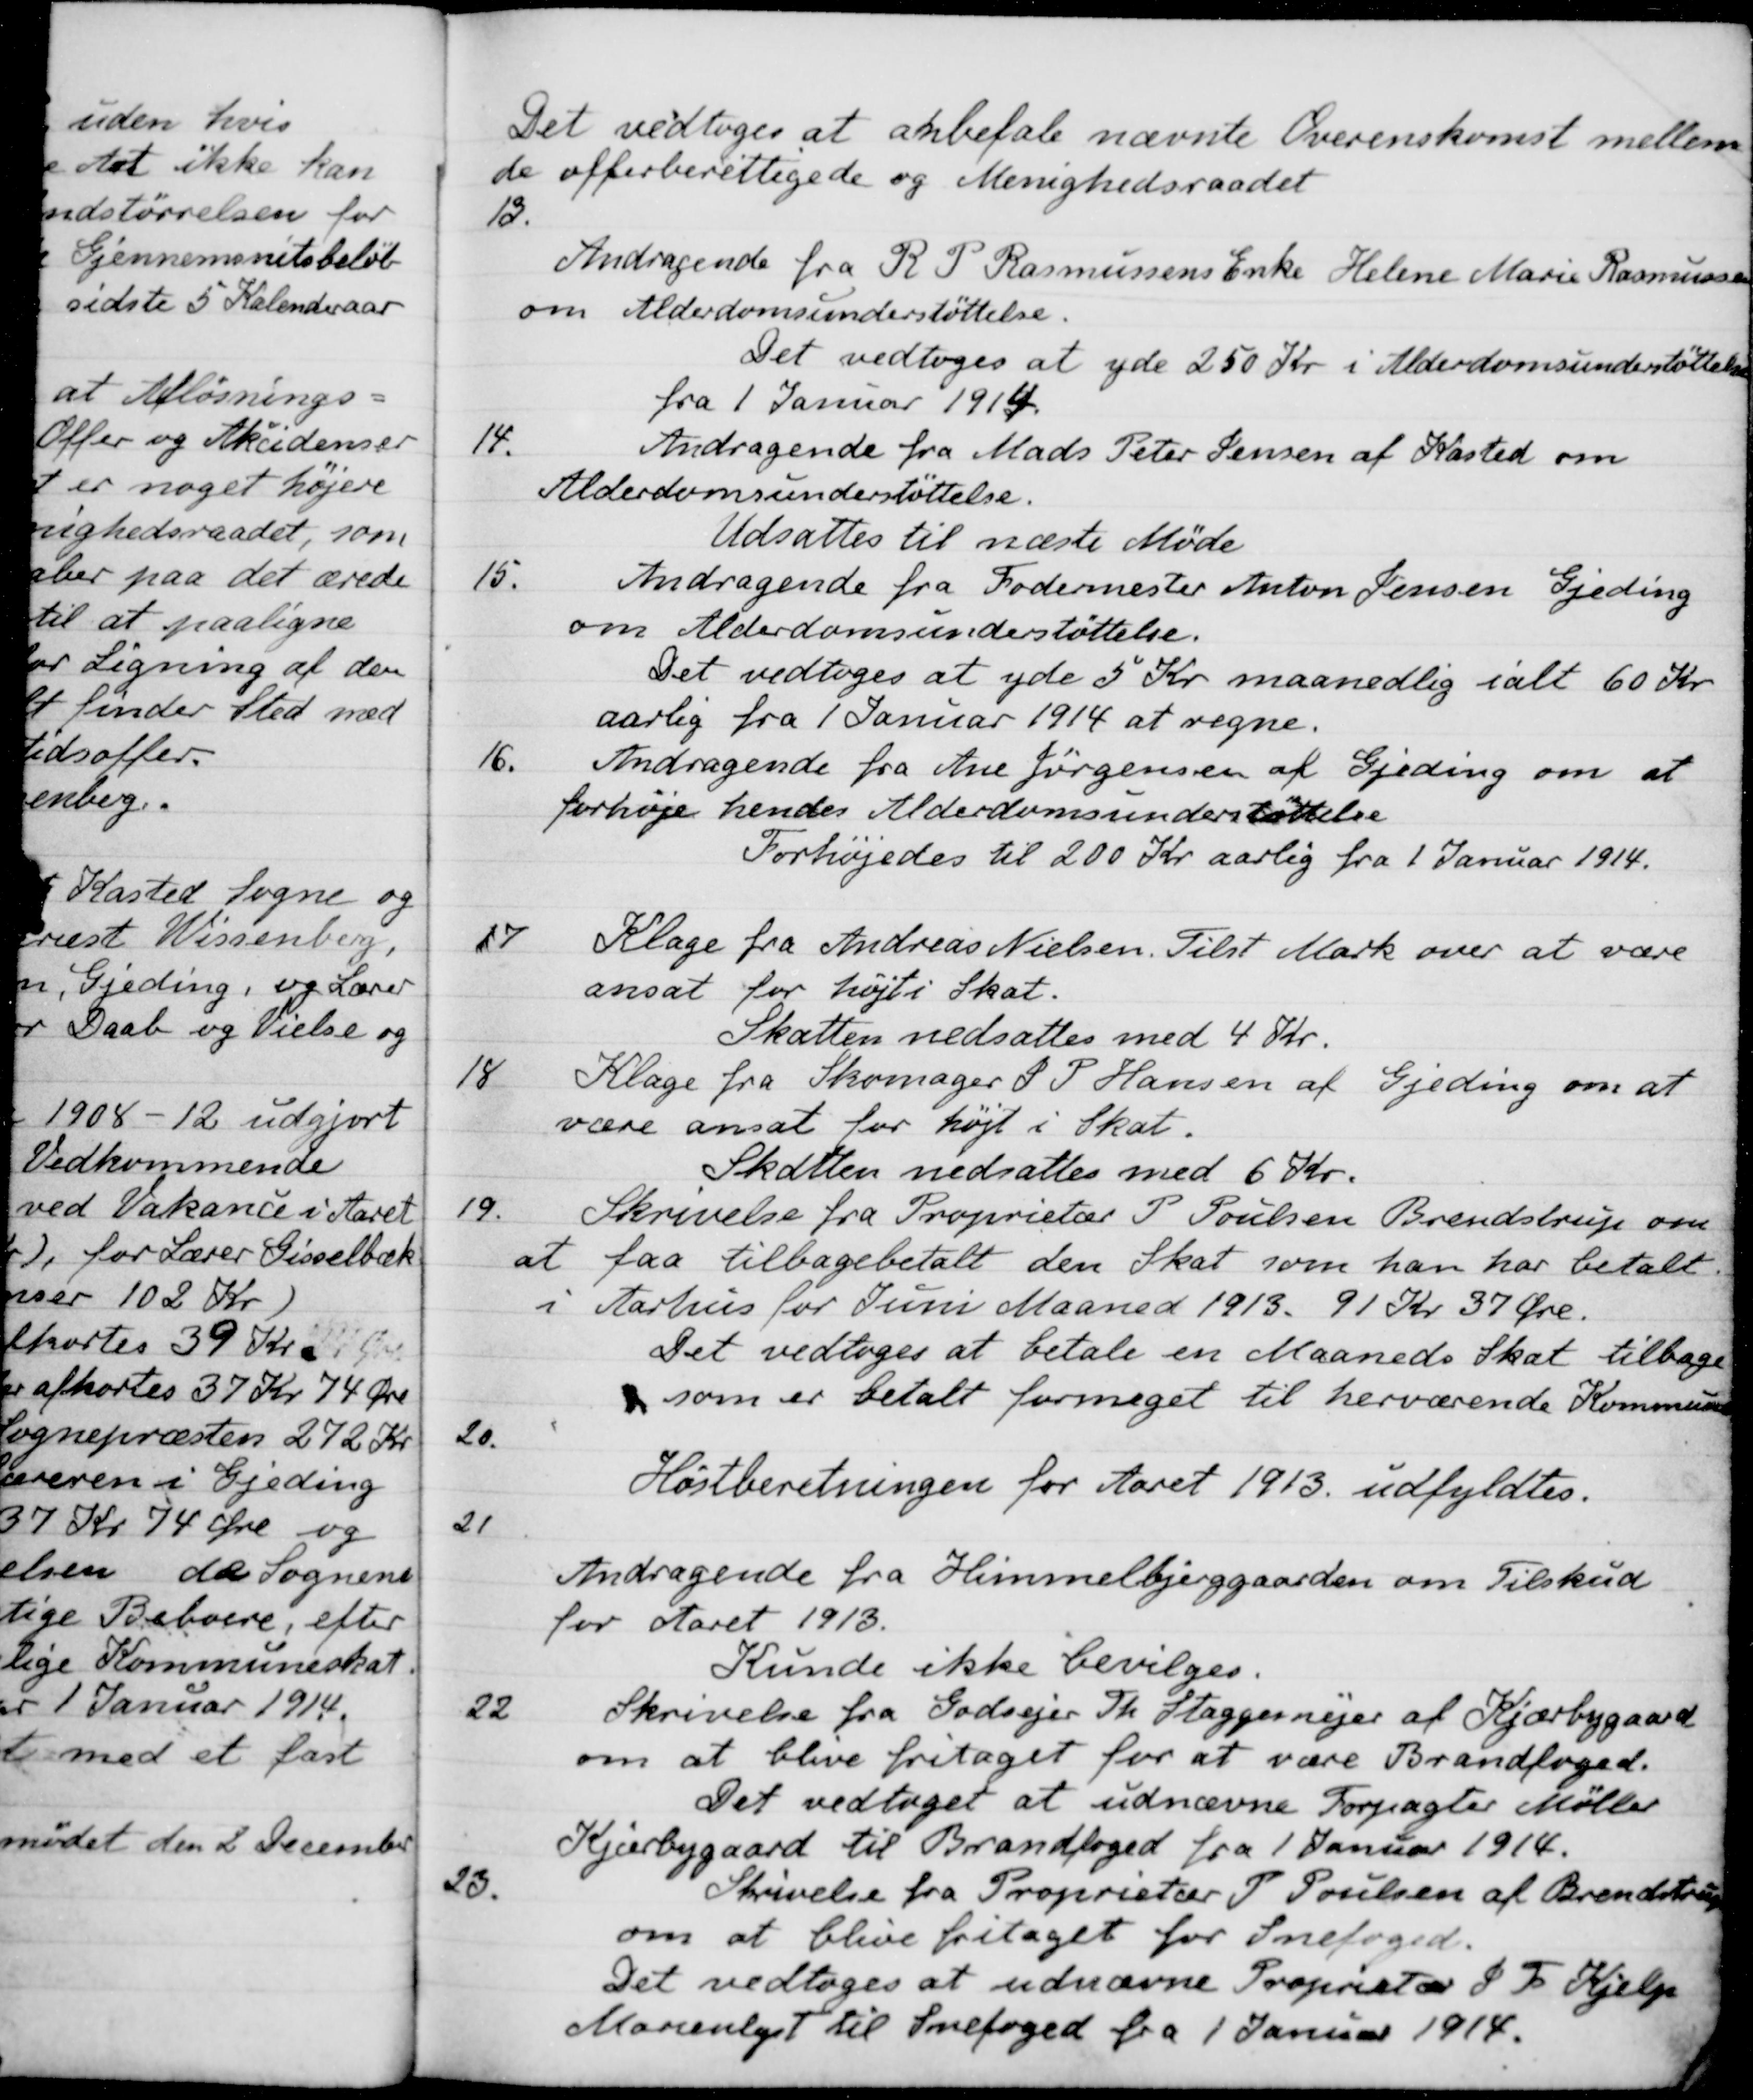
Transskription:
Det vedtoges at anbefale nævnte Overenskomst mellem
de offerberettigede og Menighedsraadet
13.
Andragende fra R P Rasmussens Enke Helene Marie Rasmussen
om Alderdomsunderstøttelse.
Det vedtoges at yde 250 Kr. i Alderdomsunderstøttelse
fra 1 Januar 1914.
14.
Andragende fra Mads Peter Jensen af Kasted om
Alderdomsunderstøttelse.
Udsattes til næste Møde
15.
Andragende fra Fodermester Anton Jensen Gjeding
om Alderdomsunderstøttelse.
Det vedtoges at yde 5 Kr maanedlig i alt 60 Kr.
aarlig fra 1 Januar 1914 at regne.
16.
Andragende fra Ane Jørgensen af Gjeding om at
forhøje hendes Alderdomsunderstøttelse
Forhøjedes til 200 Kr aarlig fra 1 Januar 1914.
17
Klage fra Andreas Nielsen. Tilst Mark over at være
ansat for højt i Skat.
Skatten nedsattes med 4 Kr.
18
Klage fra Skomager S P Hansen af Gjeding om at
være ansat for højt i Skat.
Skatten nedsattes med 6 Kr.
19.
Skrivelse fra Proprietær P. Poulsen Brendstrup om
at faa tilbagebetalt den Skat som han har betalt
i Aarhus for Juni Maaned 1913. 91 Kr 37 Øre.
Det vedtoges at betale en Maaneds Skat tilbage
som er betalt formeget til herværende Kommune
20.
Høstberetningen for Aaret 1913. udfyldtes.
21
Andragende fra Himmelbjerggaarden om Tilskud
for Aaret 1913.
Kunde ikke bevilges.
22
Skrivelse fra Godsejer Th. Staggemejer af Kjærbygaard
om at blive fritaget for at være Brandfoged.
Det vedtaget at udnævne Forpagter Møller
Kjærbygaard til Brandfoged fra 1 Januar 1914.
23.
Skrivelse fra Proprietær P. Poulsen af Brendstrup
om at blive fritaget for Snefoged.
Det vedtoges at udnævne Proprietær J. F. Kjelp
Marienlyst til Snefoged fra 1 Januar 1914.